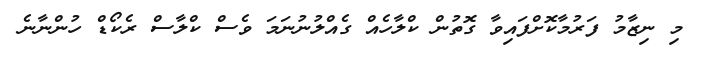
މި ނިޒާމު ފަރުމާކޮށްފައިވާ ގޮތުން ކްލާހެއް ގެއްލުނުނަމަ ވެސް ކްލާސް ރެކޯޑް ހުންނާނެ